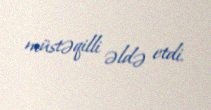
müstəqilli əldə etdi.